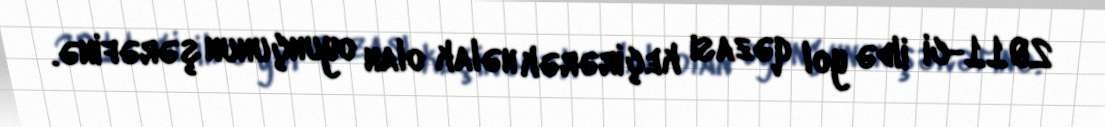
2011-ci ildə yol qəzası keçirərək həlak olan oyunçunun şərəfinə.